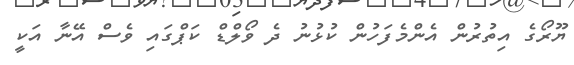
ޔޫރޯގެ އިތުރުން އެންމެފަހުން ކުޅުނު ދެ ވޯލްޑް ކަޕްގައި ވެސް އޭނާ އަކީ